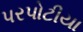
પરપોટીયા